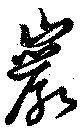
巖